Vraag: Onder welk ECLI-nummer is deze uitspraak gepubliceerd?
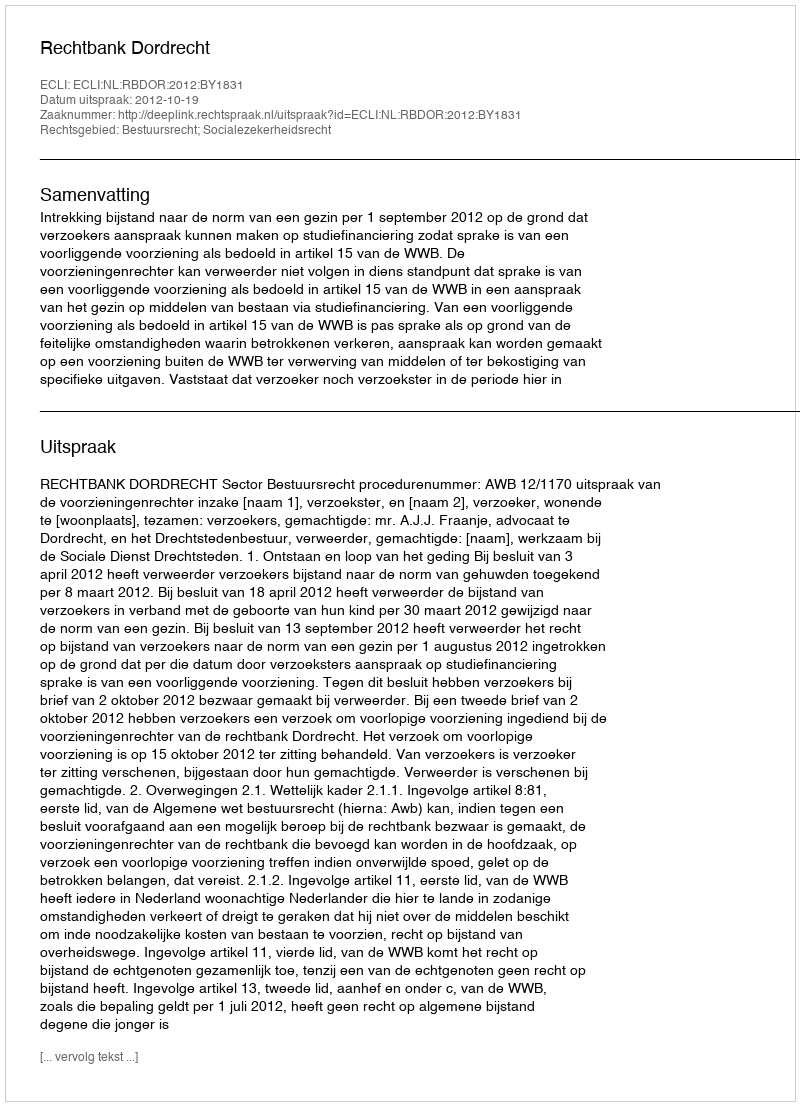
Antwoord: ECLI:NL:RBDOR:2012:BY1831